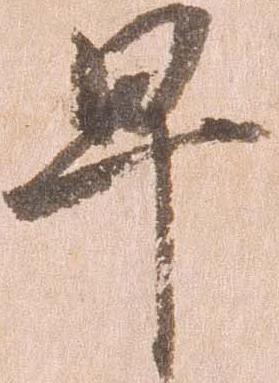
早